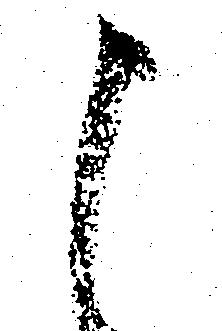
申